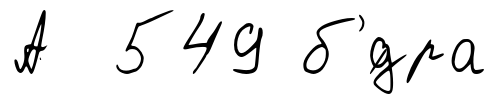
А 549 б'́дра